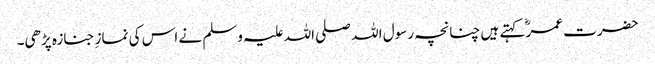
حضرت عمرؓ کہتے ہیں چنانچہ رسول اللہ صلی اللہ علیہ وسلم نے اس کی نمازِ جنازہ پڑھی۔